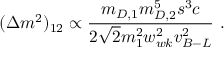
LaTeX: ( \Delta m ^ { 2 } ) _ { 1 2 } \propto { \frac { m _ { D , 1 } m _ { D , 2 } ^ { 5 } s ^ { 3 } c } { 2 \sqrt { 2 } m _ { 1 } ^ { 2 } w _ { w k } ^ { 2 } v _ { B - L } ^ { 2 } } } ~ .